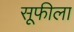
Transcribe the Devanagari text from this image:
सूफीला